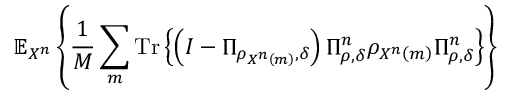
\mathbb { E } _ { X ^ { n } } \left\{ { \frac { 1 } { M } } \sum _ { m } { \mathrm { T r } } \left\{ \left( I - \Pi _ { \rho _ { X ^ { n } \left( m \right) } , \delta } \right) \Pi _ { \rho , \delta } ^ { n } \rho _ { X ^ { n } \left( m \right) } \Pi _ { \rho , \delta } ^ { n } \right\} \right\}